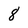
Character: 8